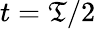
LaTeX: t=\mathfrak{T}/2